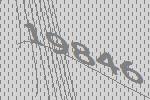
19846